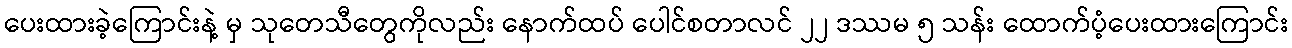
ပေးထားခဲ့ကြောင်းနဲ့ မှ သုတေသီတွေကိုလည်း နောက်ထပ် ပေါင်စတာလင် ၂၂ ဒဿမ ၅ သန်း ထောက်ပံ့ပေးထားကြောင်း